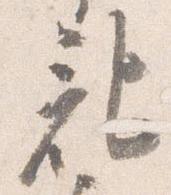
記